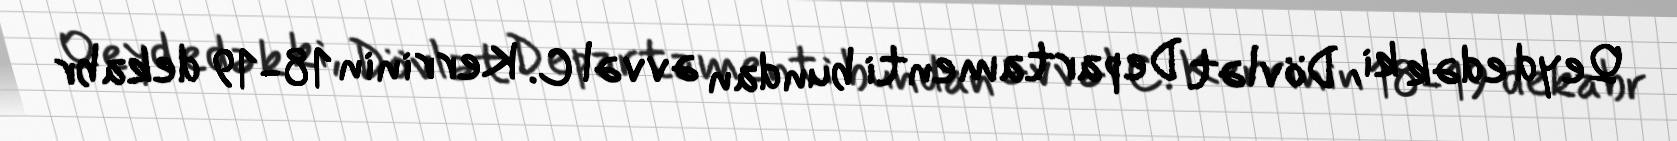
Qeyd edək ki, Dövlət Departamenti bundan əvvəl C. Kerrinin 18-19 dekabr